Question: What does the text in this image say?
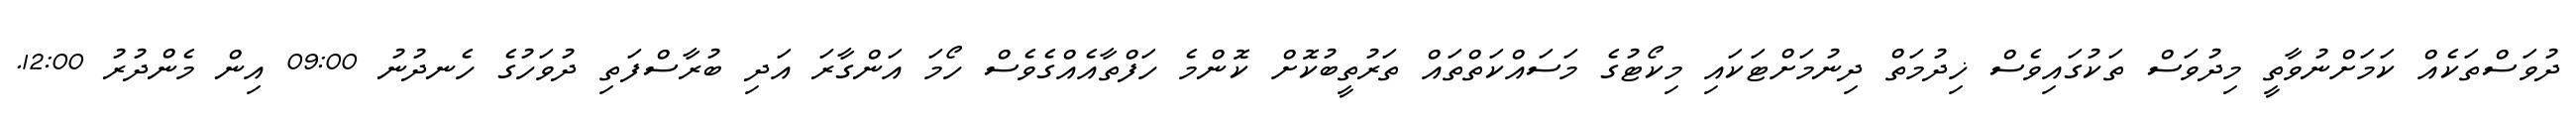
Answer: ދުވަސްތަކެއް ކަމަށްނުވާތީ މިދުވަސް ތަކުގައިވެސް ޚިދުމަތް ދިނުމަށްޓަކައި މިކޯޓުގެ މަސައްކަތްތައް ތަރުތީބުކޮށް ކޮންމެ ހަފްތާއެއްގެވެސް ހޯމަ އަންގާރަ އަދި ބުރާސްފަތި ދުވަހުގެ ހެނދުނު 09:00 އިން މެންދުރު 12:00.